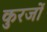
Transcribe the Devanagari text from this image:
कुरजों